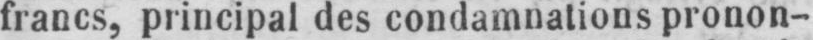
francs, principal des condamnations pronon-